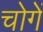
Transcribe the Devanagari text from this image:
चोगें